Report of the King Institute of Preventive Medicine, Guindy
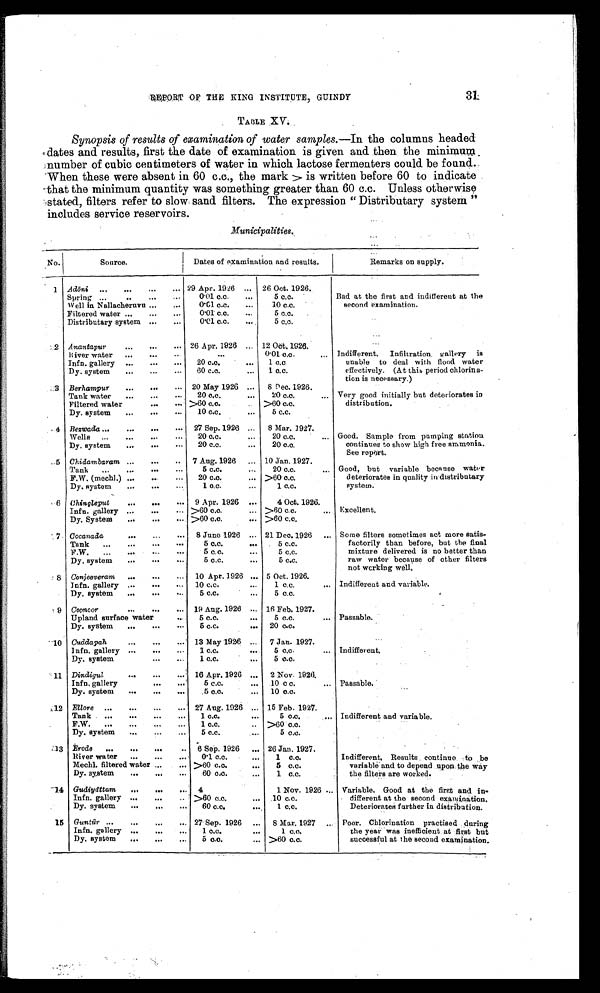
REPORT OF THE KING INSTITUTE, GUINDY
TABLE XV.
Synopsis of results of examination of water samples. —In the columns headed
dates and results, first the date of examination is given and then the minimum
number of cubic centimeters of water in which lactose fermenters could be found.
When these were absent in 60 c.c., the mark > is written before 60 to indicate
that the minimum quantity was something greater than 60 c.c. Unless otherwise
stated, filters refer to slow sand filters. The expression " Distributary system "
includes service reservoirs.
Municipalities.
No.
Source.
Dates of examination and results.
Remarks on suppl y.
1 Adōni
29 Apr. 1926
26 Oct. 1926.
Bad at the first and indifferent at the
s e c o n d e x a m i n a t i o n .
Spring
0.01 c.c.
5 c.c.
Well in Nallacheruvu
0.01 c.c.
10 c.c.
Filtered water
0.01 c.c.
5 c.c.
Distributary system
0.01 c.c.
5 c.c.
2 Anantapur
26 Apr. 1926
12 Oct. 1926.
Indifferent. Infiltration gallery is
unable to deal with flood water
effectively. (At this period chlorin a
-
tion is necessary.)
River water
. . .
0.01 c.c.
Infn. gallery
20 c.c.
1 c.c
Dy. system
60 c.c.
1 c.c.
3 Berhampur
20 May 1926
8 Dec 1926.
Very good initially but deteriorates in
distribution.
Tank water
20 c.c.
20 c.c.
Filtered water
>60 c.c.
>60 c.c.
Dy. system
10 c.c.
5 c.c.
4 Bezwada
27 Sep. 1926
8 Mar. 1927.
Good. Sample from pumping station
continues to show high free ammonia.
See report.
Wells
20 c.c.
20 c.c.
Dy. system
20 c.c.
20 c.c.
5 Chidambaram
7 Aug. 1926
10 j an. 1927.
Good, but variable because water
deteriorates in quality in distributary
system.
Tank
5 c.c.
20 c.c.
F.W. (methl.)
20 c.c.
>60 c.c.
Dy. system
1 c.c.
1 c.c.
6 Chingleput
9 Apr. 1926
4 Oct. 1926.
Excellent.
Infn. gallery
>60 c.c.
>60 c.c.
Dy. System
>60 c.c.
>60 c.c.
7 Cocanada
8 June 1926
21 Dec. 1926
Some filters sometimes act more satis-
factorily than before, but the final
mixture delivered is no better than
raw water because of other filters
not working well.
Tank
5 c.c.
5 c.c.
F.W.
5 c.c.
5 c.c.
Dy. system
5 c.c.
5 c.c.
8 Conjeeveram
10 Apr. 1926
5 Oct. 1926.
Indifferent and variable.
Infn. gallery
10 c.c.
1 c.c.
Dy. system
5 c.c.
5 c.c.
9 Coono or
19 Aug. 1926
16 Feb. 1927.
Passable.
Upland surface water
5 c.c.
5 c.c.
Dy. system
5 c.c.
20 c.c.
10 Cuddapah
13 May 1926
7 Jan. 1927.
Indifferent.
Infn. gallery
1 c.c.
5 c.c.
Dy. system
1 c.c.
5 c.c.
11 Dindigul
16 Apr. 1926
2 Nov. 1926.
Passable.
Infn. gallery
5 c.c.
10 c c.
Dy. system
5 c.c.
10 c.c.
12 Ellore
27 Aug. 1926
15 Feb. 1927.
Indifferent and variable.
Tank
1 c.c.
5 c.c.
F.W.
1 c.c.
>60 c.c.
Dy. system
5 c.c.
5 c . c .
13
Erode
6 Sep. 1926
26 Jan. 1927.
Indifferent, Results continue . to be
variable and to depend upon the way
the filters are worked.
River water
0.1 c.c.
1 c.c.
Mechl. filtered water
>60 c.c.
5 c.c.
Dy. system
60 c.c.
1 c.c.
14 Gudiyā ttam
4
1 Nov. 1926
Variable. Good at the first and in
-
different at the second examination.
Deteriorates further in distribution.
Infn. gallery
>60 c.c.
10 c.c.
Dy. system
60 c.c.
,
1
c . c .
15 Guntūr
27 Sep. 1926
8 Mar. 1927
Poor. Chlorination practised during
the year was inefficient at first but
successful at the second examination.
Infn. gallery
1 c.c.
1 c . c .
Dy. system
5 c.c.
>60 c.c.
31